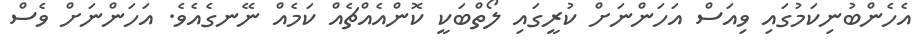
އެހެންބުނިކަމުގައި ވިއަސް އަހަންނަށް ކުރީގައި ލޯތްބަކީ ކޮންއެއްޗެއް ކަމެއް ނޭނގެއެވެ. އަހަންނަށް ވެސް